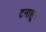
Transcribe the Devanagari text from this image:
टनाहून